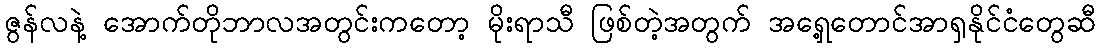
ဇွန်လနဲ့ အောက်တိုဘာလအတွင်းကတော့ မိုးရာသီ ဖြစ်တဲ့အတွက် အရှေ့တောင်အာရှနိုင်ငံတွေဆီ